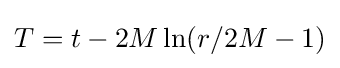
T=t-2M\ln(r/2M-1)